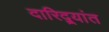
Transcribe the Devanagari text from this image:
दारिद्र्यांत